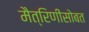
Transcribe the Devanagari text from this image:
मैत्रिणींसोबत